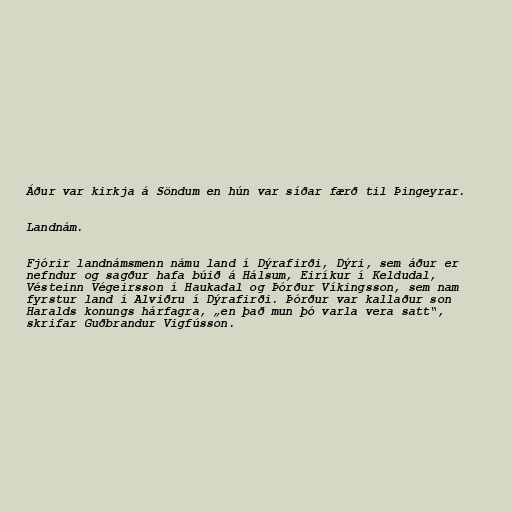
Áður var kirkja á Söndum en hún var síðar færð til Þingeyrar.

Landnám.

Fjórir landnámsmenn námu land í Dýrafirði, Dýri, sem áður er
nefndur og sagður hafa búið á Hálsum, Eiríkur í Keldudal,
Vésteinn Végeirsson í Haukadal og Þórður Víkingsson, sem nam
fyrstur land í Alviðru í Dýrafirði. Þórður var kallaður son
Haralds konungs hárfagra, „en það mun þó varla vera satt“,
skrifar Guðbrandur Vigfússon.